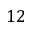
1 2